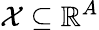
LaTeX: \mathcal{X}\subseteq\mathbb{R}^{A}